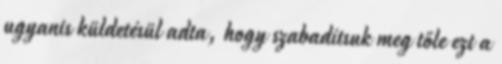
ugyanis küldetésül adta, hogy szabadítsuk meg tőle ezt a